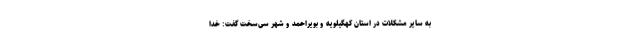
به سایر مشکلات در استان کهگیلویه و بویراحمد و شهر سی‌سخت گفت: خدا